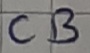
Text: CB